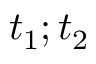
t _ { 1 } ; t _ { 2 }